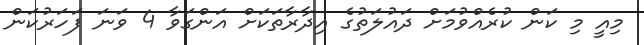
މިއީ މި ކަން ކުރެއްވުމަށް ދައުލަތުގެ އިދާރާތަކަށް އަންގަވާ 4 ވަނަ ފަހަރުކަން